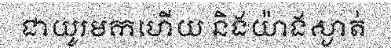
ជាយូរមកហើយ និងយ៉ាងស្ងាត់